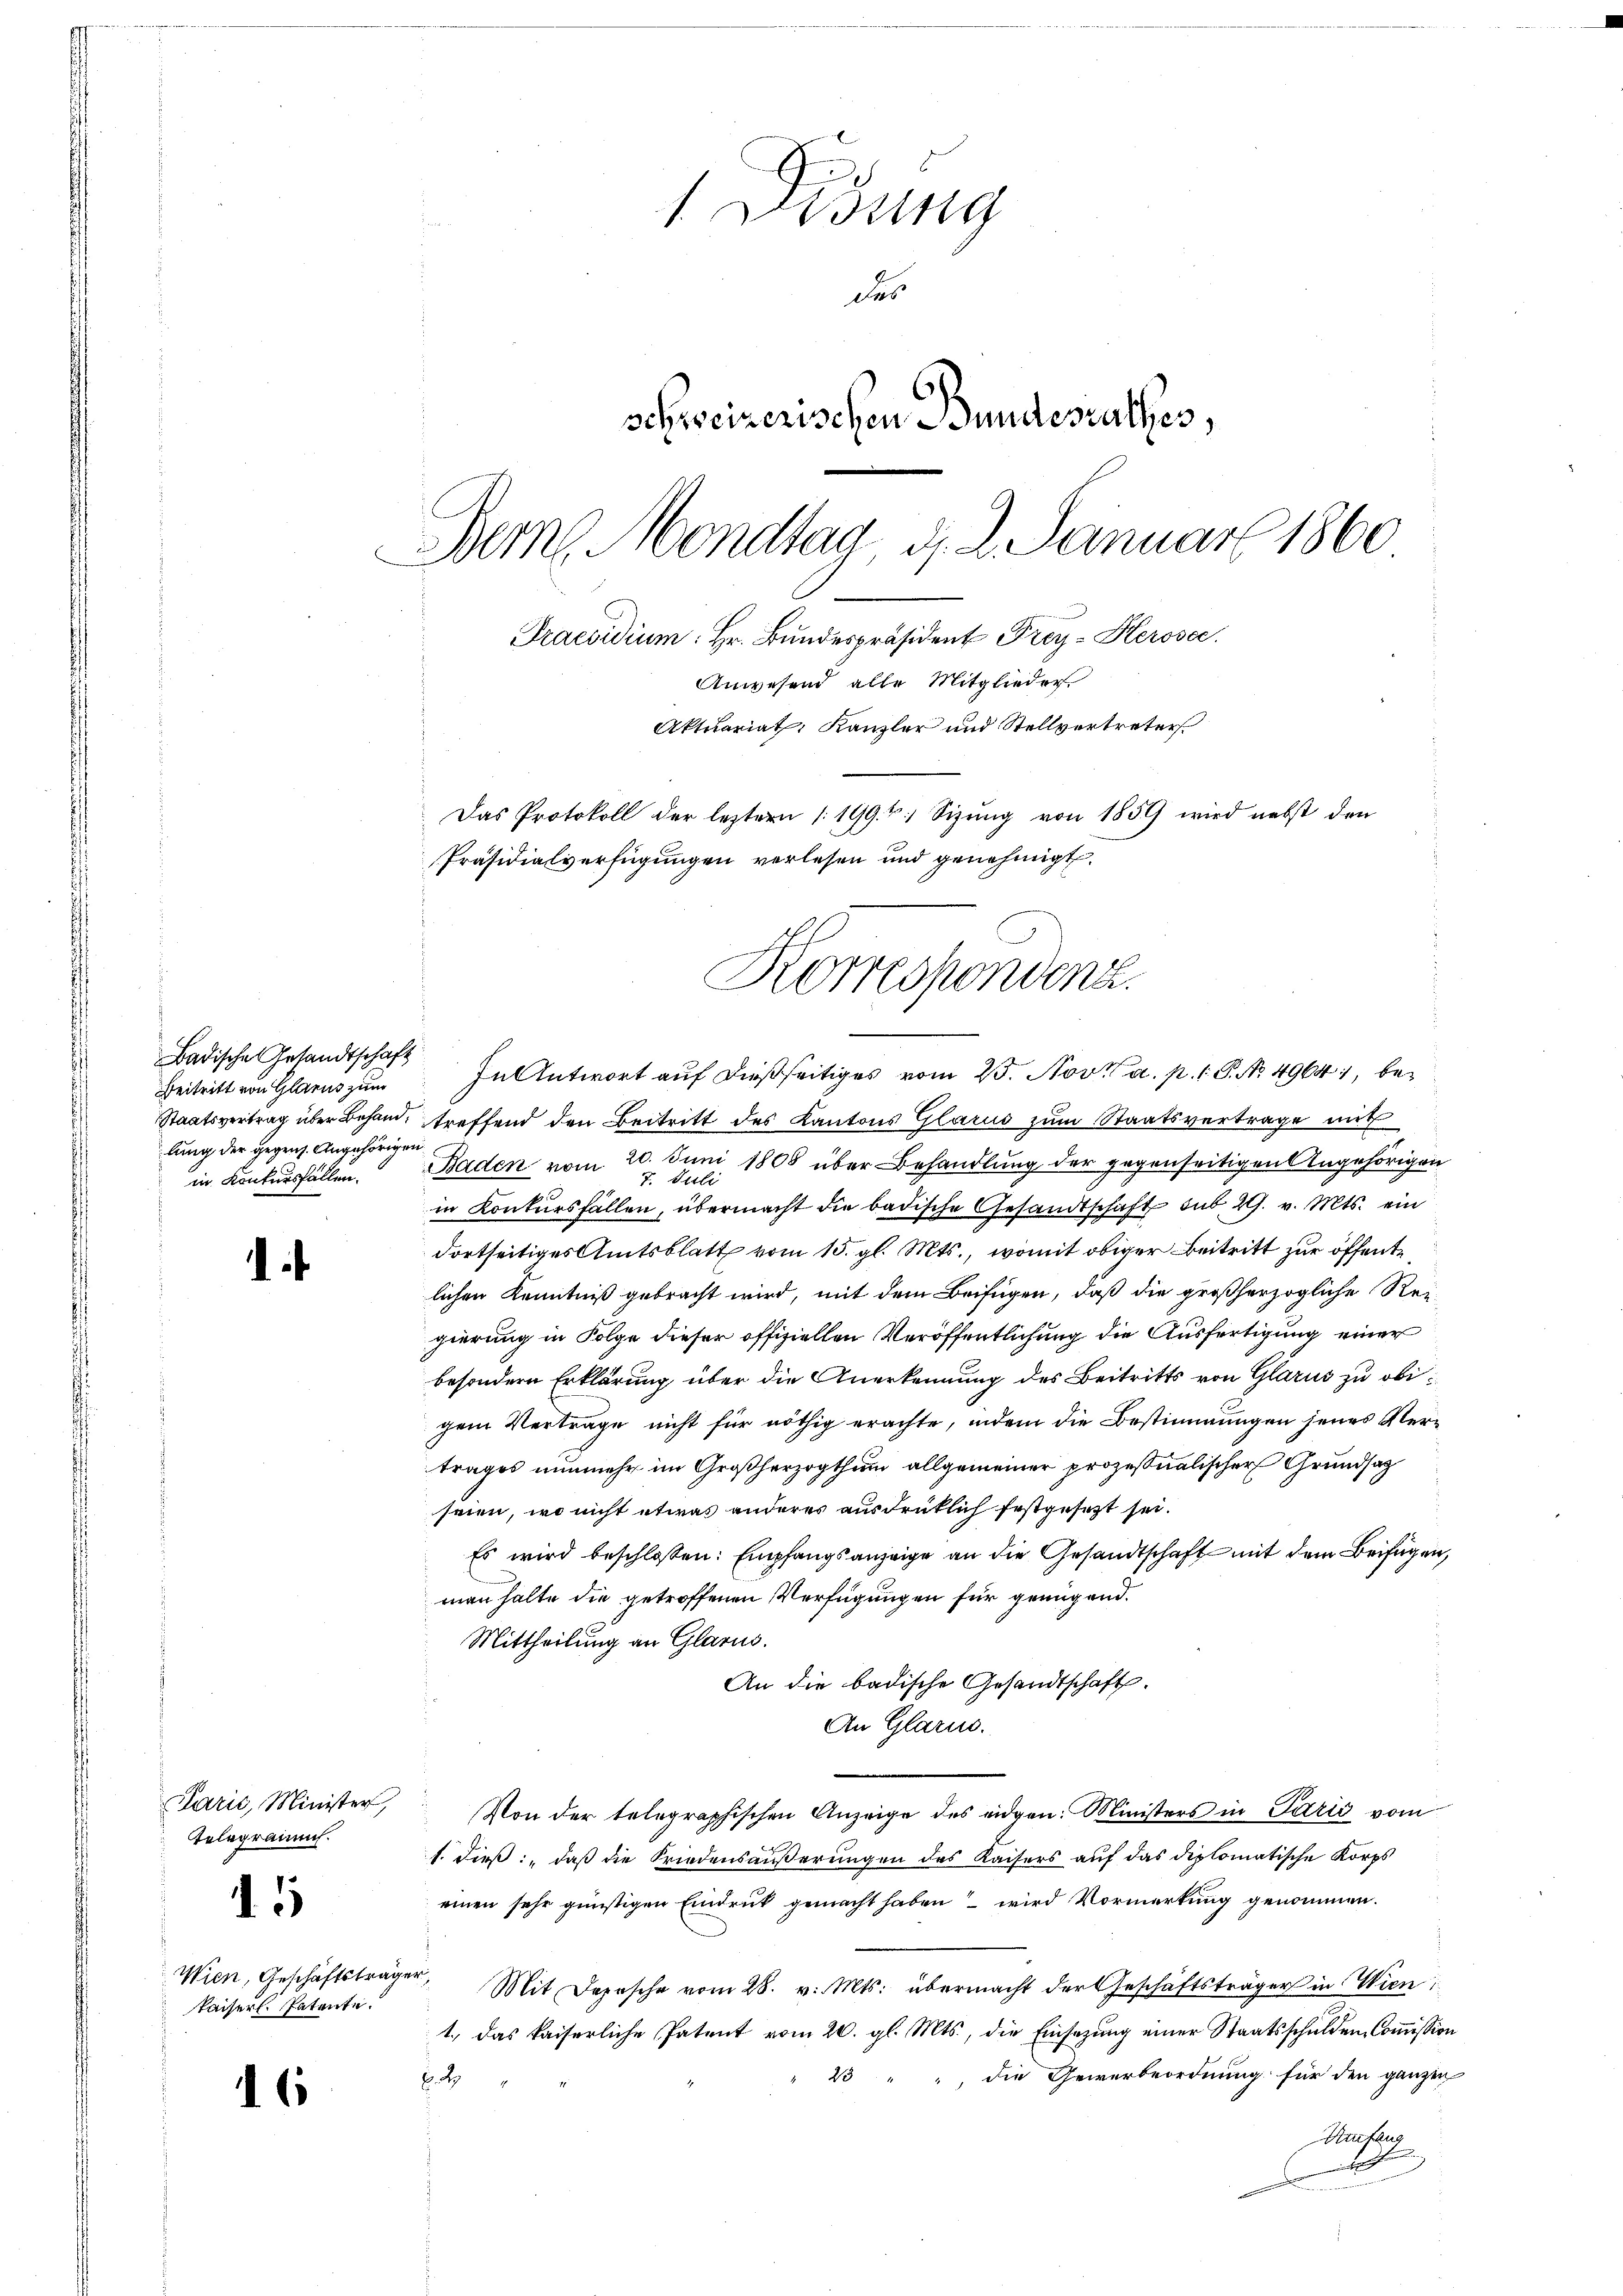
Badische Gesandtschaft
Beitritt von Glarus zum
lung der gegens. Angehörigen
in Konkursfällen.

Telegramm.

11

Wien, Geschäftsträge.
Kaiserl. Patente.

16

1 Didung
des
schweizerischen Bundesrathes,
Bern Mondtag d. 2. Januar 1860
Praesidium: Hr. Bŭndespräsident Frey- Herosec.
Anwesend alle Mitglieder
Aktuariat Kanzler und Stellvertreter
Das Protokoll der leztern (199. v. Sizung von 1859 wird nebst den
Präsidialverfügungen verlesen und genehmigt.

Korrespondenz.

In Antwort auf dießseitiges vom 25. Nov. a. p. 1. P. No 49641, be¬
Staatsvertrag über Behand, treffend den Beitritt des Kantons Glarus zum Staatsvertrage mit
Baden vom 20. Juni 1808 über Behandlung der gegenseitigen Angehörigen
7. Juli
in Konkursfällen, übermacht die badische Gesandtschaft sub 29. v. Mts. ein
dortseitiges Amtsblatt vom 15. gl. Mts., womit obiger Beitritt zur öffente
lichen Kenntniß gebracht wird, mit dem Beifügen, daß die großherzogliche Reigierung in Folge dieser offiziellen Veröffentlichung die Ausfertigung einer
besondern Erklärung über die Anerkennung des Beitritts von Glarus zu obigem Vertrage nicht für nöthig erachte, indem die Bestimmungen jenes Vertrages nunmehr im Großherzogthum allgemeiner prozessualischer Grundsat
seien, wo nicht etwas anderes ausdrüklich festgesezt sei.
Es wird beschlossen: Empfangsanzeige an die Gesandtschaft mit dem Beifügen,
man halte die getroffenen Verfügungen für genügend.
Mittheilung an Glarus.
An die badische Gesandtschaft.
An Glarus.
Paris, Minister, Von der telegraphischen Anzeige des eidgen: Ministers in Parić vom
s. dieß: „daß die Friedensäußerungen des Kaisers auf das diplomatische Korps
einen sehr günstigen Eindruck gemacht haben wird Vormerkung genommen.
. Mit Depesche vom 28. v. Mts. übermacht der Geschäftsträger in Wien
1., das kaiserliche Patent vom 20. gl. Mts., die Einsezung einer Staatsschulden-Commission
23 " " die Gewerbeordnung für den ganzen
6. 2
Anfang
1